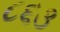
૮૬૩